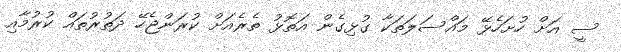
ސީ އަށް ހުށަހެޅޭ މައްސަލަތަކާ ގުޅިގެން އަތޮޅު ތެރެއަށް ކުރަންޖެހޭ ދަތުރުތައް ކުރުމާއި